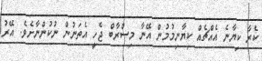
ކެރާ ކިޔާނެ އެއްޗެއް ކިޔާނިމުމުން އޭނާ މިސްރާބް ޖެހީ އެތަނުން ނުކުންނާށެވެ. އޭރު